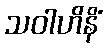
သဝါဟိနိံ